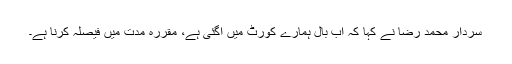
سردار محمد رضا نے کہا کہ اب بال ہمارے کورٹ میں آگئی ہے، مقررہ مدت میں فیصلہ کرنا ہے۔